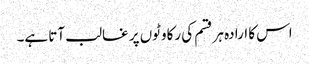
اس کا ارادہ ہر قسم کی رکاوٹوں پر غالب آتا ہے۔